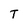
Character: T